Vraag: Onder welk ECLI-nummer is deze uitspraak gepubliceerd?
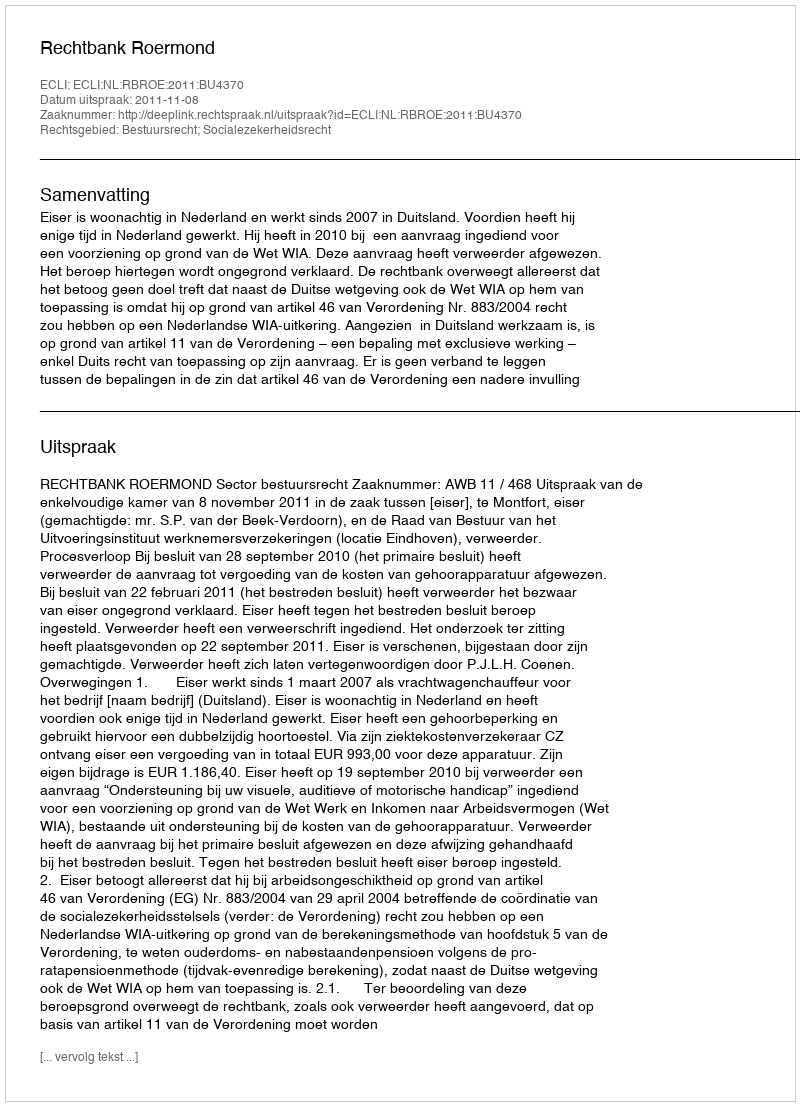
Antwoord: ECLI:NL:RBROE:2011:BU4370